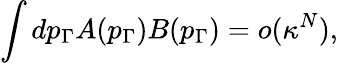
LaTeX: \int dp_{\Gamma}A(p_{\Gamma})B(p_{\Gamma})=o(\kappa^{N}),